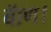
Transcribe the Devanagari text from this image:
बॅाण।